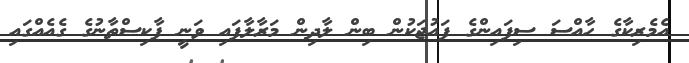
އެމެރިކާގެ ހާއްސަ ސިފައިންގެ ފައުޖަކުން ބިން ލާދިން މަރާލާފައި ވަނީ ޕާކިސްތާނުގެ ގެއެއްގައި